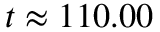
t \approx 1 1 0 . 0 0